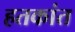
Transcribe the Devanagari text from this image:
हतकांत